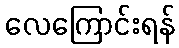
လေကြောင်းရန်